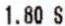
1.80 S